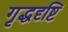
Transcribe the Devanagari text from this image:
गृद्धदृष्टि